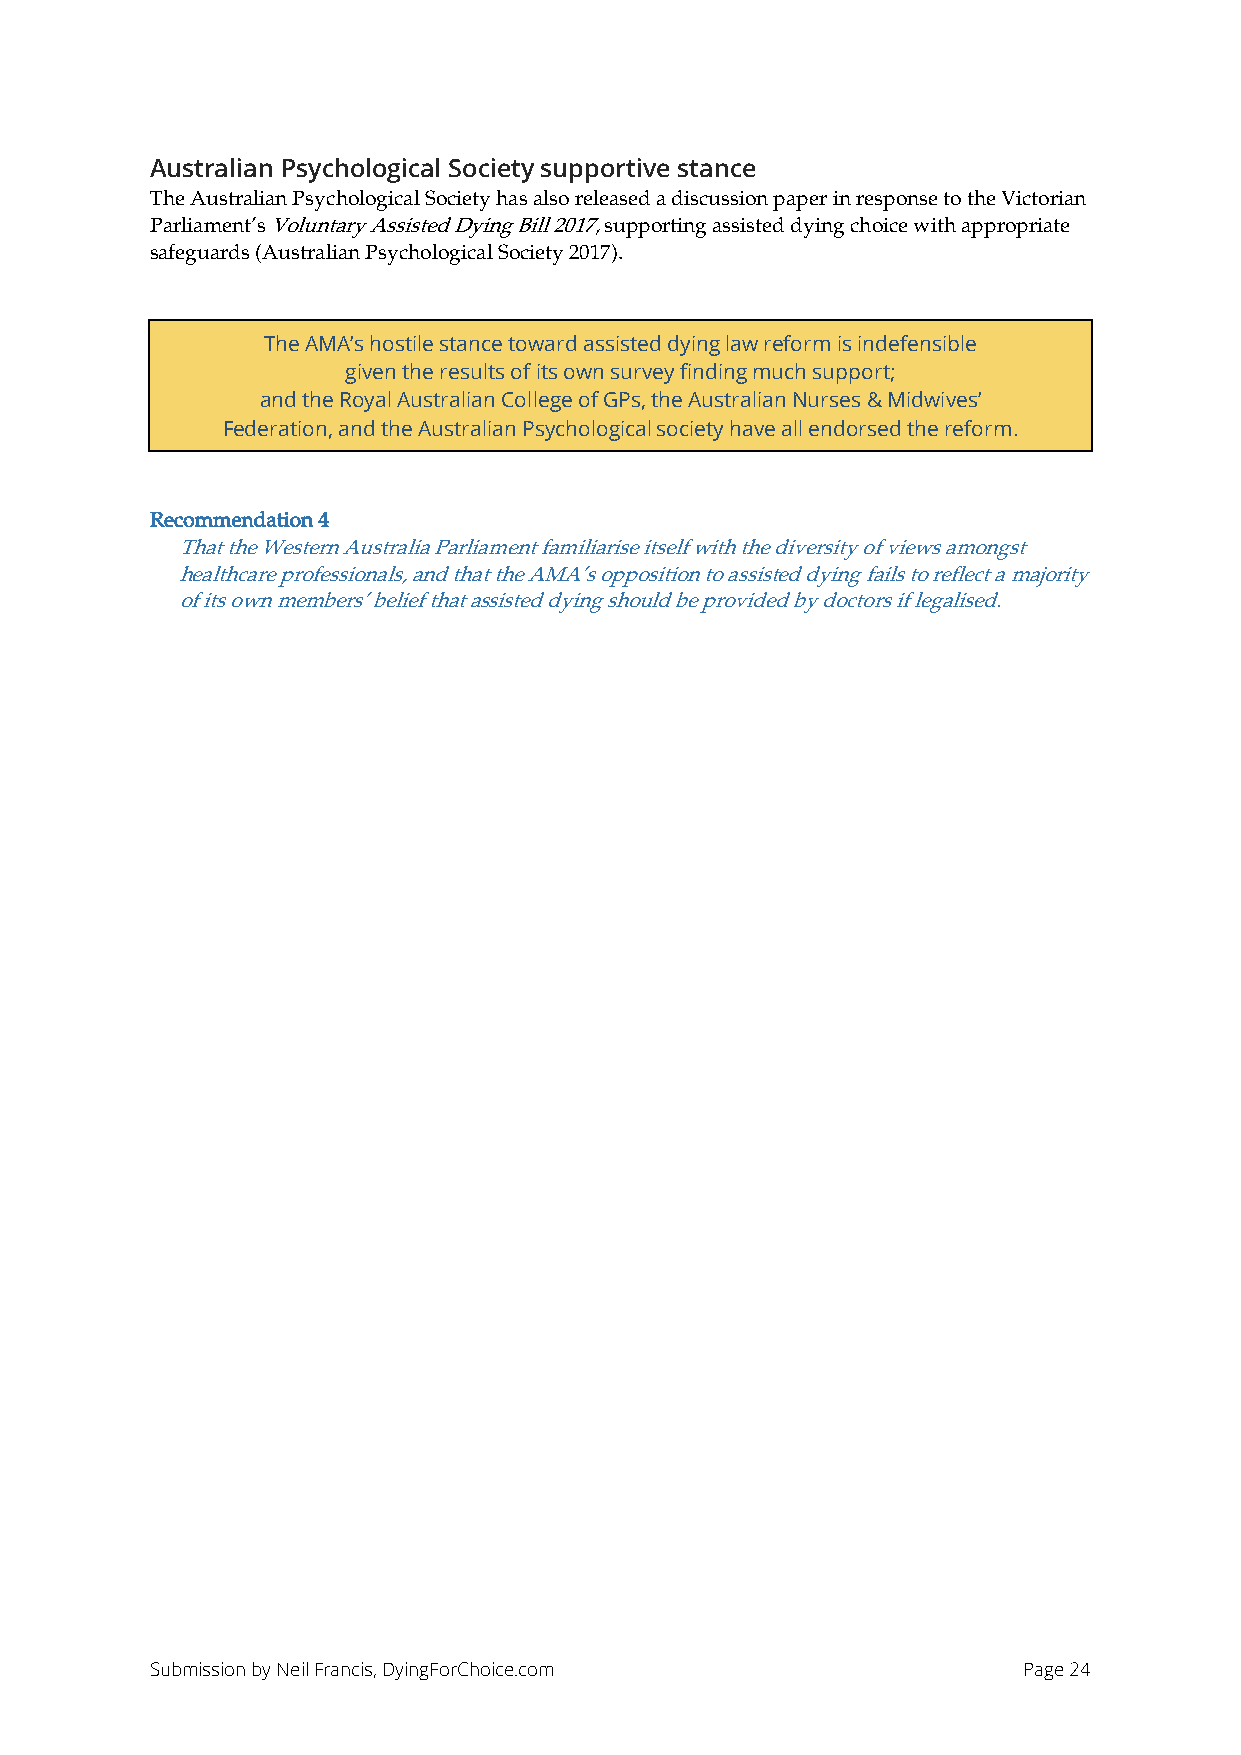
Australian Psychological Society supportive stance
 The Australian Psychological Society has also released a discussion paper in response to the Victorian
 Parliament’s Voluntary Assisted Dying Bill 2017, supporting assisted dying choice with appropriate
 safeguards (Australian Psychological Society 2017).
 The AMA’s hostile stance toward assisted dying law reform is indefensible
 given the results of its own survey finding much support;
 and the Royal Australian College of GPs, the Australian Nurses & Midwives’
 Federation, and the Australian Psychological society have all endorsed the reform.
 Recommendation 4
 That the Western Australia Parliament familiarise itself with the diversity of views amongst
 healthcare professionals, and that the AMA’s opposition to assisted dying fails to reflect a majority
 of its own members’ belief that assisted dying should be provided by doctors if legalised.
 Submission by Neil Francis, DyingForChoice.com            Page 24